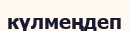
күлмеңдеп